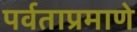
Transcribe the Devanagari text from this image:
पर्वताप्रमाणे